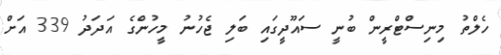
ހެލްތު މިނިސްޓްރީން ބުނީ ސައޫދީގައި ބަލި ޖެހުނު މީހުންގެ އަދަދު 339 އަށް